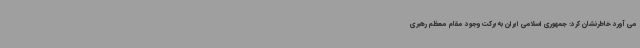
می آورد خاطرنشان کرد: جمهوری اسلامی ایران به برکت وجود مقام معظم رهبری